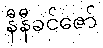
နီနီခင်ဇော်